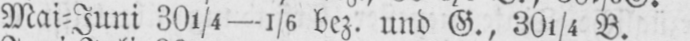
Mai⸗Juni 301/4-1/6 bez. und G., 301/4 B.